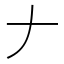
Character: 𠂇